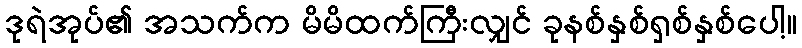
ဒုရဲအုပ်၏ အသက်က မိမိထက်ကြီးလျှင် ခုနစ်နှစ်ရှစ်နှစ်ပေါ့။